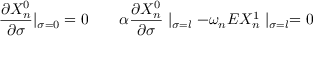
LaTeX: \frac { \partial X _ { n } ^ { 0 } } { \partial \sigma } | _ { \sigma = 0 } = 0 \quad \quad \alpha \frac { \partial X _ { n } ^ { 0 } } { \partial \sigma } \mid _ { \sigma = l } - \omega _ { n } E X _ { n } ^ { 1 } \mid _ { \sigma = l } = 0